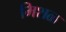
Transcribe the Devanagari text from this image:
मिशळ